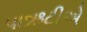
પાઋટીએ